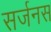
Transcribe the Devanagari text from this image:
सर्जनस